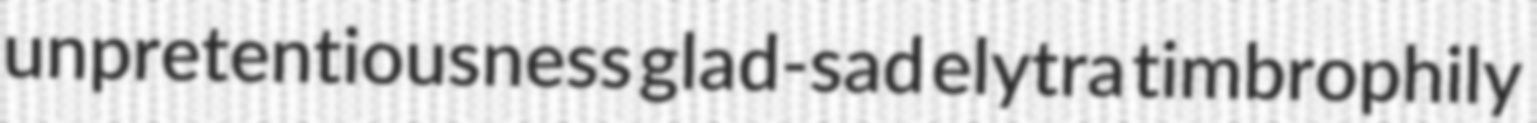
unpretentiousness glad-sad elytra timbrophily